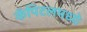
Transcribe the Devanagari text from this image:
कॅपिटलमध्ये